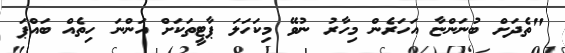
"ތެދަށް ބުނަންޏާ އަހަރެން މިހާރު ނުވޭ މިކަހަލަ ޕާޓީތަކަށް އަންނަ ހިތެއް ބައްޕަ